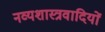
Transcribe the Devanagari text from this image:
नव्यशास्त्रवादियों